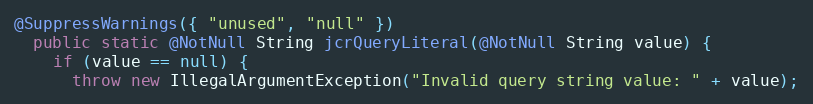
Language: Java
@SuppressWarnings({ "unused", "null" })
  public static @NotNull String jcrQueryLiteral(@NotNull String value) {
    if (value == null) {
      throw new IllegalArgumentException("Invalid query string value: " + value);